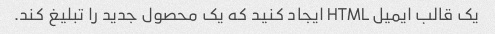
یک قالب ایمیل HTML ایجاد کنید که یک محصول جدید را تبلیغ کند.